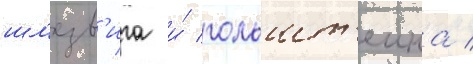
шл'езв'ига и́ гольшт'еина /